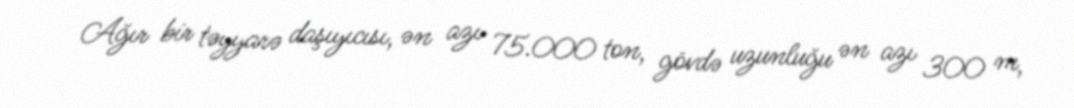
Ağır bir təyyarə daşıyıcısı, ən azı 75.000 ton, gövdə uzunluğu ən azı 300 m,